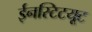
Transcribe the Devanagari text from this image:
ईनस्टिटयूट